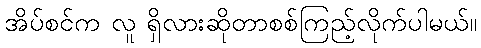
အိပ်စင်က လူ ရှိလားဆိုတာစစ်ကြည့်လိုက်ပါမယ်။